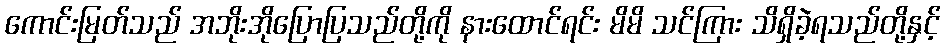
ကောင်းမြတ်သည် အဘိုးအိုပြောပြသည်တို့ကို နားထောင်ရင်း မိမိ သင်ကြား သိရှိခဲ့ရသည်တို့နှင့်